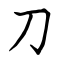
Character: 刀